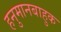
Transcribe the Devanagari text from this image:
हनुमानबाहुक